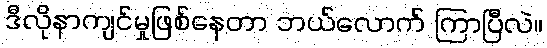
ဒီလိုနာကျင်မှုဖြစ်နေတာ ဘယ်လောက် ကြာပြီလဲ။